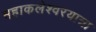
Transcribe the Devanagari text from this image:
महाकलेश्वरयात्रा